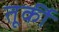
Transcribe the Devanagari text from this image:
तूर्की